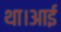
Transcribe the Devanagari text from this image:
था।आई